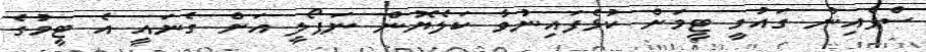
ސްޕެއިން ގައުމީ ޓީމަށް ކުޅެފައިނުވާ ކަލެޔޮން ނަޕޯލީ އަށް ގެނައީ އެ ޓީމުގެ